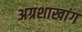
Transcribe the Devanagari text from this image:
अग्रशाखांग